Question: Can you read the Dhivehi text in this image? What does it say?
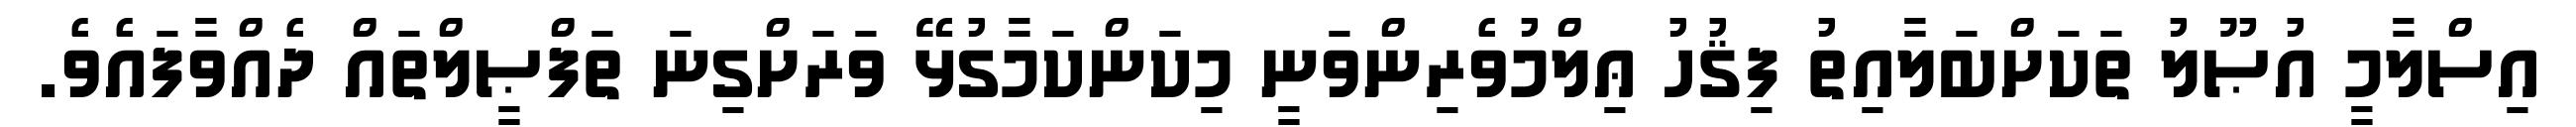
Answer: އިސްލާމީ އުޞޫލު ތަކަށްބަލާއިތު ފިޤުހު ޢިލްމުވެރިންވަނީ މިކަންކަމާގުޅޭ ވަރަށްގިނަ ތަފްޞީލްތައް ދެއްވާފައެވެ.